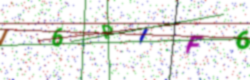
Text: I6PIF6